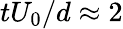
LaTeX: tU_{0}/d\approx 2